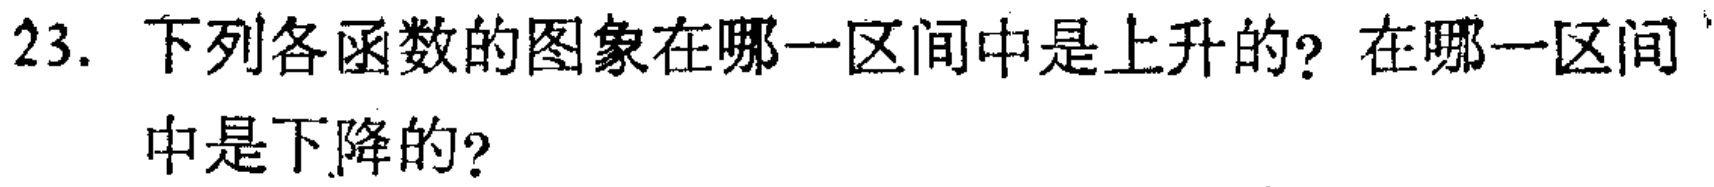
23. 下列各函数的图象在哪一区间中是上升的？在哪一区间中是下降的？